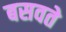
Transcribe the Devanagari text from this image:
बसवते